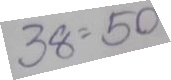
38 = 50